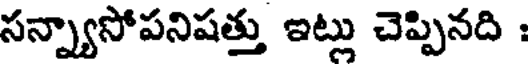
సన్న్యాసోపనిషత్తు ఇట్లు చెప్పినది :